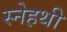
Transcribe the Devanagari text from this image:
स्नेहथी